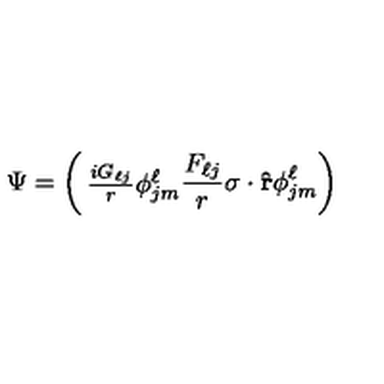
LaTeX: \Psi = \left( \begin{matrix} { { \frac { i G _ { \ell j } } { r } } \phi _ { j m } ^ { \ell } } \\ { { \frac { F _ { \ell j } } { r } } { { \mathrm { \boldmath \sigma } } \cdot { \bf { \hat { r } } } } \phi _ { j m } ^ { \ell } } \\ \end{matrix} \right)